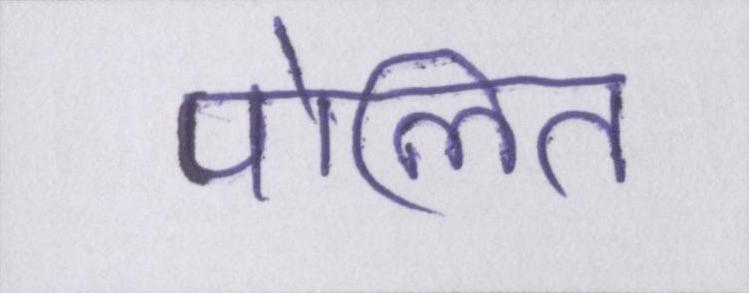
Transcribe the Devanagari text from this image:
पोलित